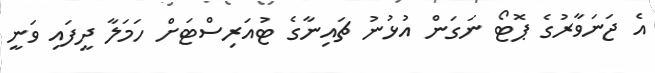
އެ ޖަނަވާރުގެ ޕޮޓޯ ނަގަން އުޅުނު ޗައިނާގެ ޓުއަރިސްޓަށް ހަމަލާ ދީފައި ވަނީ